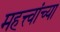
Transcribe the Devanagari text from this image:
महत्त्वांच्या